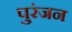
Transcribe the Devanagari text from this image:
पुरंजन